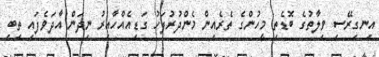
އިނގިރޭސި ވިލާތުގެ ބޮޑެތި މީހުންގެ ތެރެއިން މެންދުރުފަހު ގަޑިއެއްހާއިރު ނިދަން އާދަވެފައި ތިބި